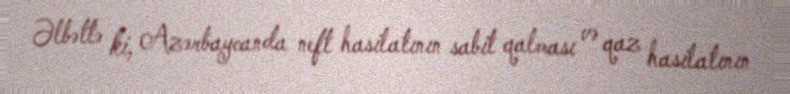
Əlbəttə ki, Azərbaycanda neft hasilatının sabit qalması və qaz hasilatının